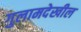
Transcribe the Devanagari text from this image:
गुलामदेखील